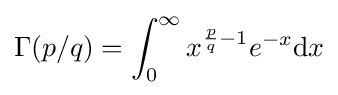
\Gamma (p/q)=\int _{0}^{\infty }x^{{\frac {p}{q}}-1}e^{-x}\mathrm {d} x